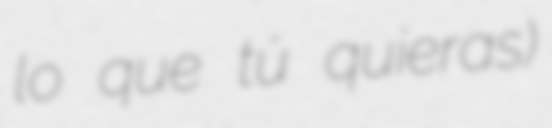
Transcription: lo que tú quieras)